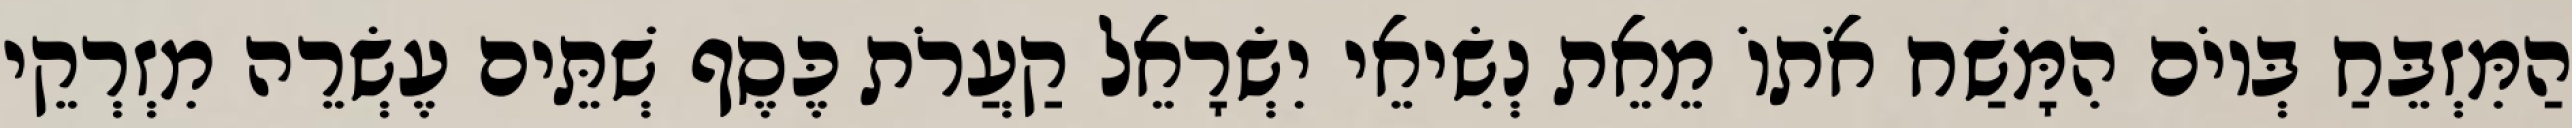
הַמִּזְבֵּחַ בְּיוֹם הִמָּשַׁח אֹתוֹ מֵאֵת נְשִׂיאֵי יִשְׂרָאֵל קַעֲרֹת כֶּסֶף שְׁתֵּים עֶשְׂרֵה מִזְרְקֵי